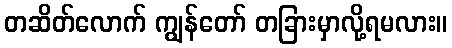
တဆိတ်လောက် ကျွန်တော် တခြားမှာလို့ရမလား။